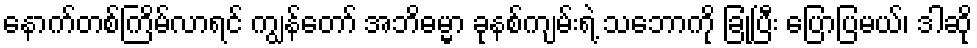
နောက်တစ်ကြိမ်လာရင် ကျွန်တော် အဘိဓမ္မာ ခုနစ်ကျမ်းရဲ့ သဘောကို ခြုံပြီး ပြောပြမယ်၊ ဒါဆို